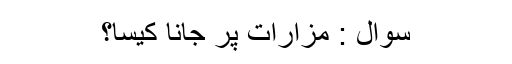
سوال : مزارات پر جانا کیسا؟